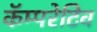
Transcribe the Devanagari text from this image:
कॅम्परेटिव